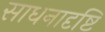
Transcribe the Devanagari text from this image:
साधनादृष्टि